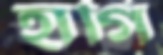
হাগি